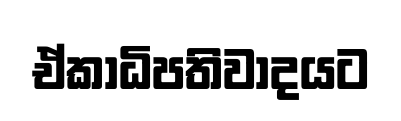
ඒකාධිපතිවාදයට